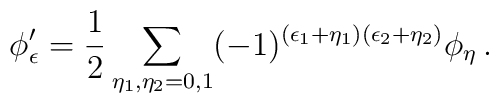
\phi'_{\epsilon} = \frac{1}{2} \sum_{\eta_{1}, \eta_{2}=0,1} (-1)^{(\epsilon_{1} + \eta_{1})(\epsilon_{2} + \eta_{2})} \phi_{\eta} \, .